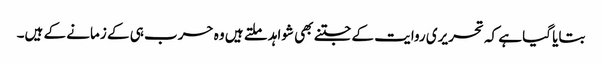
بتایا گیا ہے کہ تحریری روایت کے جتنے بھی شواہد ملتے ہیں وہ حرب ہی کے زمانے کے ہیں۔